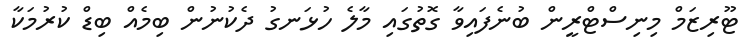
ޓޫރިޒަމް މިނިސްޓްރީން ބުނެފައިވާ ގޮތުގައި މާލެ ހުޅަނގު ދެކުނުން ބިމެއް ބިޑް ކުރުމަކާ